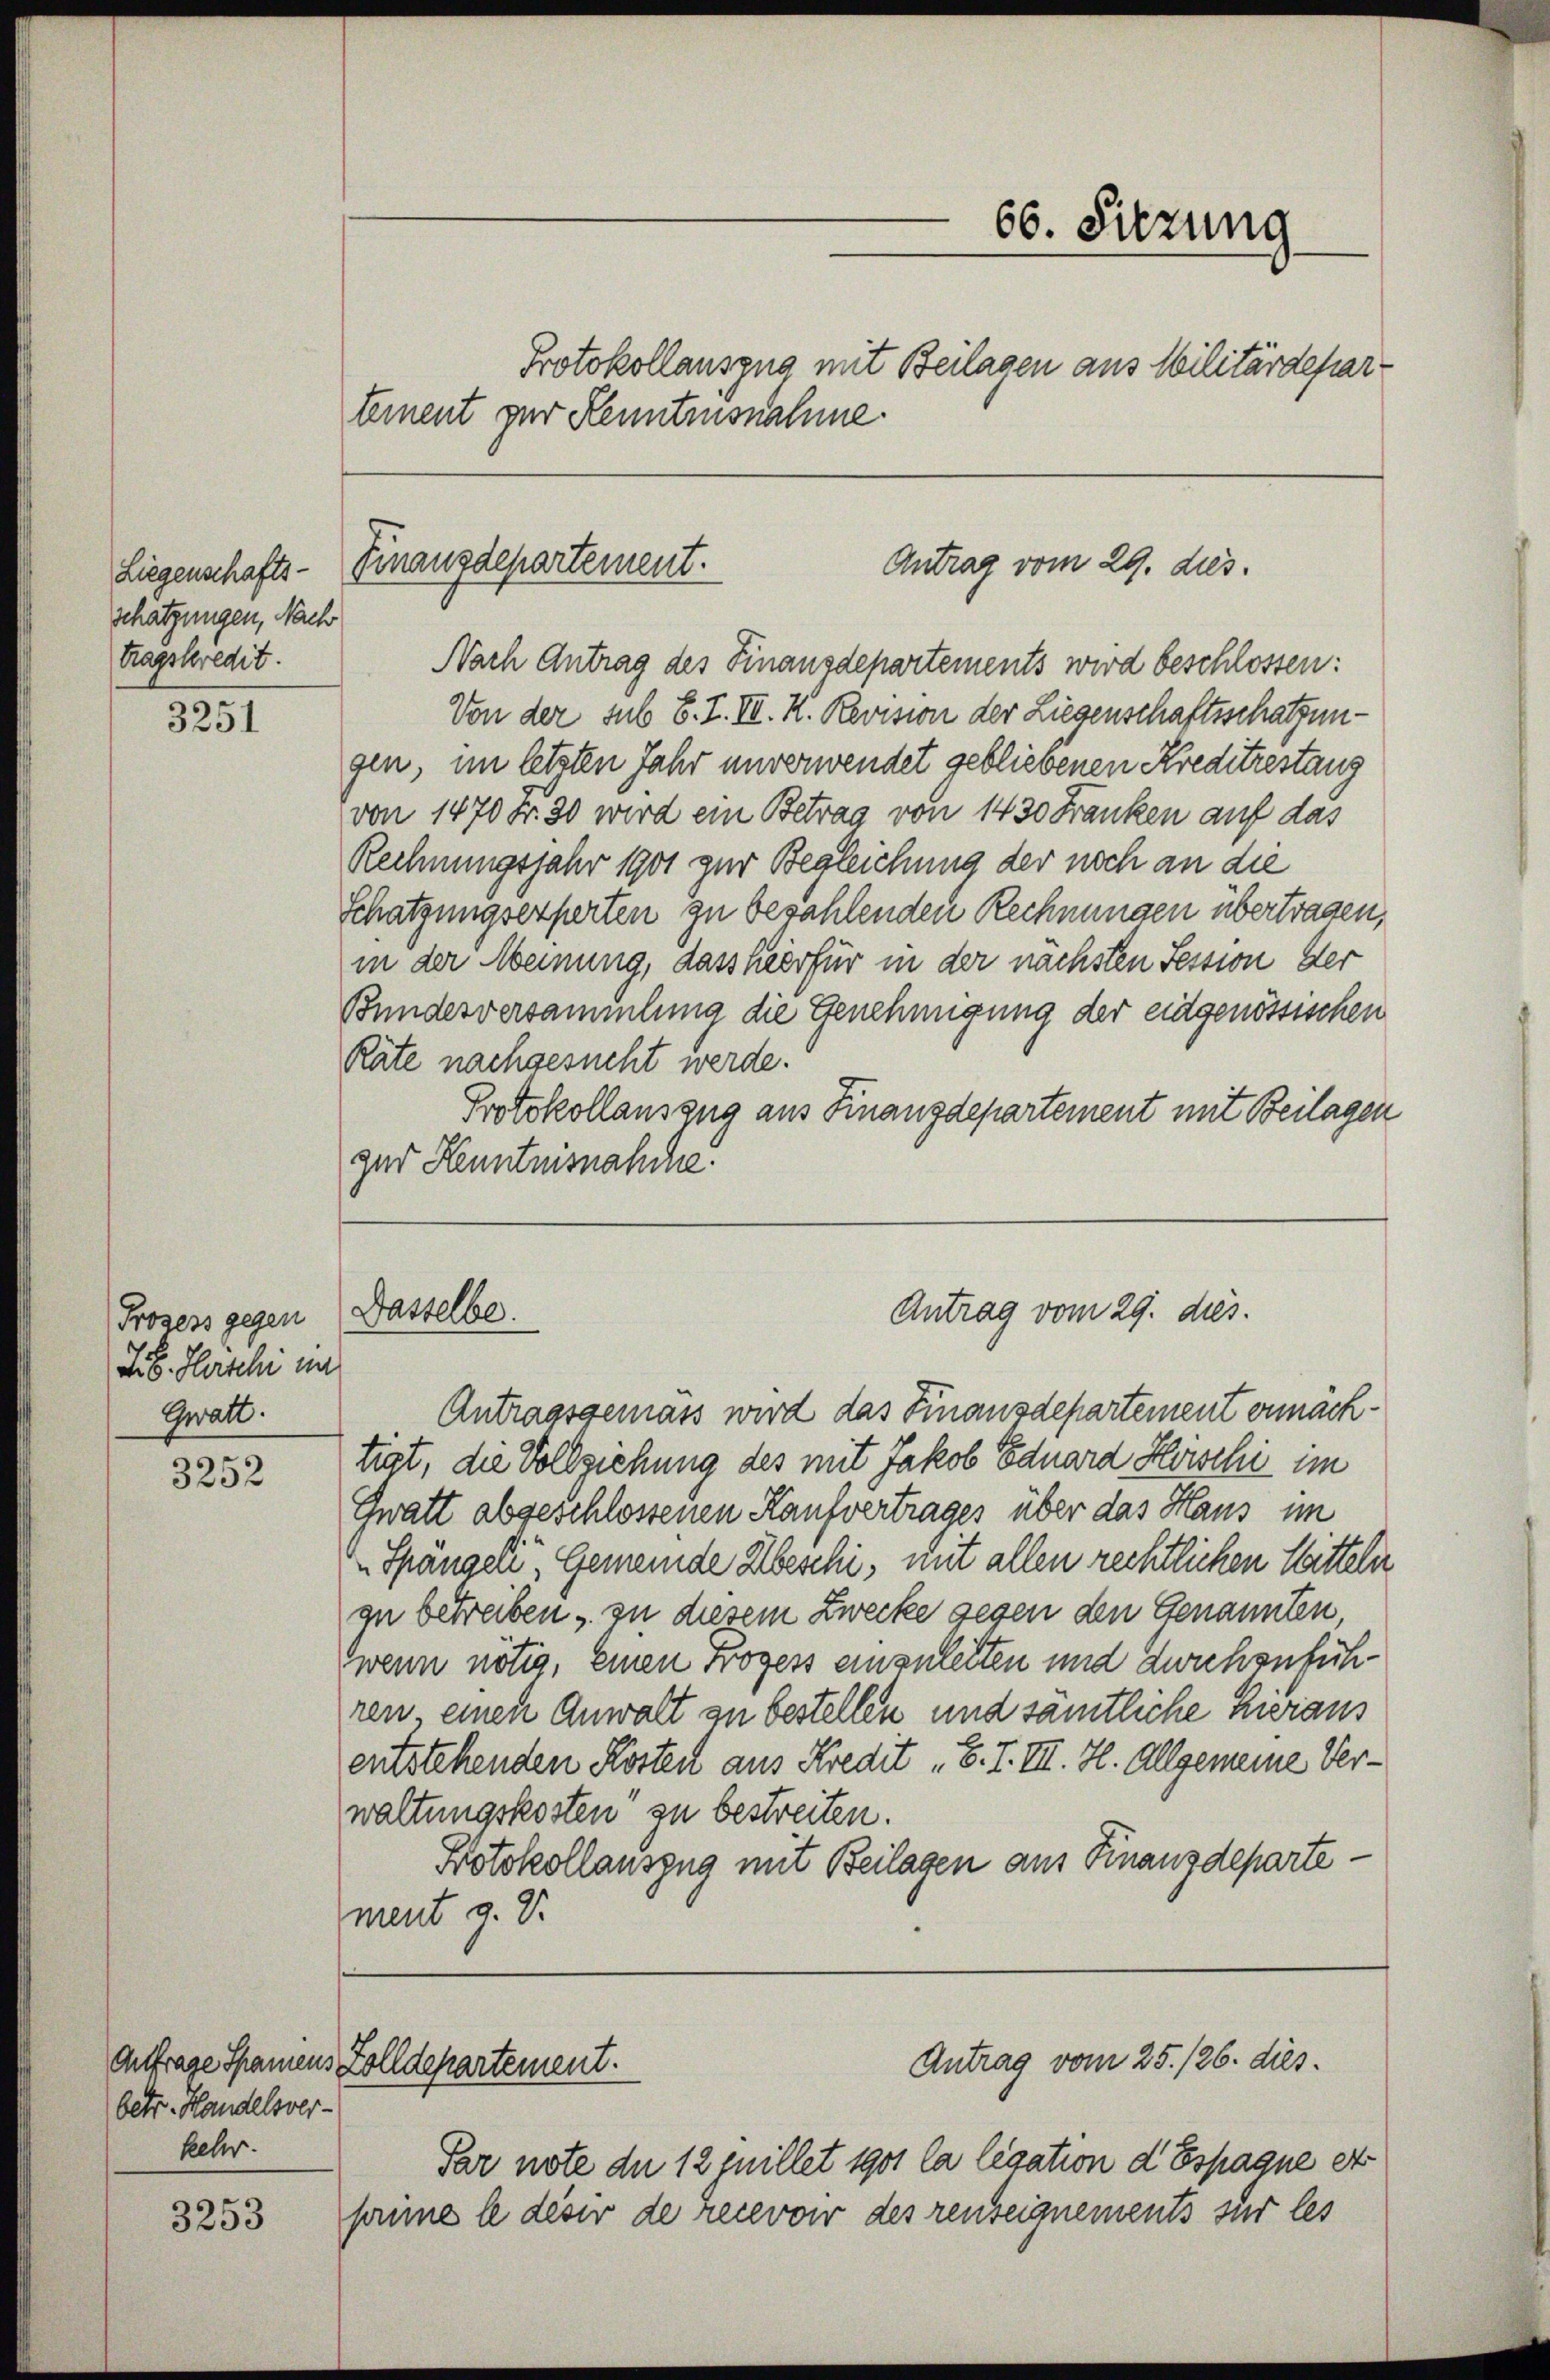
schätzungen, Nach
tragskredit.

3251

Prozess gegen
Lb. Herschi in
Gwalt.

3252

betr. Handelsver-
kehr.

3253

Nach Antrag des Finanzdepartements wird beschlossen:
Von der sub 6. I. III. K. Revision der Liegenschaftsschatzungen, im letzten Jahr unverwendet gebliebenen Kreditrestang
von 1470 Fr. 20 wird ein Betrag von 1430 Franken auf das
Rechnungsjahr 1901 zur Begleichung der noch an die
Schätzungsexperten zu bezahlenden Rechnungen übertragen,
in der Meinung, dass hierfür in der nächsten Session der
Bundesversammlung die Genehmigung der eidgenössischen
Räte nachgesucht werde.
Protokollauszug aus Finanzdepartement mit Beilagen
zur Kenntnisnahche.

66. Sitzung
Protokollauszug mit Beilagen aus Militärdepar¬

Antrag vom 29. dies
Liegenschafts-Finanzdepartement.

tement zur Kenntnisnahme

Dasselbe.

Aufrage Spamens Zolldepartement.

Antragsgemäss wird das Finanzdepartement ornachtigt, die Vollziehung des mit Jakob Eduard Horschi im
Gwatt abgeschlossenen Kaufvertrages über das Haus im
Spangeli, Gemeinde beschi, mit allen rechtlichen Watteln
zu betreiben zu diesem Zwecke gegen den Genannten,
wenn nötig, einen Frogess einzuletten und durchzuführen, einen Anwalt zu bestellen und sämtliche Heraus
entstehenden Kostent aus Kredit „B. I. III. H. Allgemeine Verwaltungskosten zu bestreiten.
Protokollauszug mit Beilagen am Finanzdepartement z. B.

Par note du 12 quillet 1901 la legation d Espagne et
sanne le desir de recevoir des reuseignements sur les

Antrag vom 29. dies.

Antrag vom 25. 126. dies